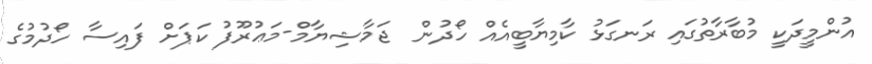
އުންމީދަކީ މުބާރާތުގައި ރަނގަޅު ކާމިޔާބީއެއް ހޯދުން  ޖަމާޝިޔާމް-މަޢުރޫފު ކަޕަށް ފައިސާ ހޯދުމުގެ